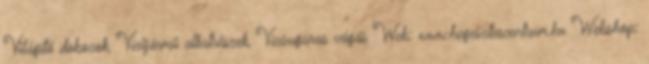
Világító dobozok, Vízijármű alkatrészek, Vízsugaras vágás Web: www.hegesztescentrum.hu Webshop: